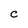
Character: C